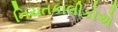
નિયતકાલીકોએ